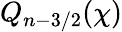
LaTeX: Q_{n-3/2}(\chi)